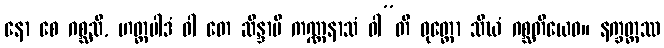
နော စေ ဂစ္ဆသိ, ဟတ္ထပါဒံ ဝါ တေ ဆိန္ဒာမိ ကဏ္ဏနာသံ ဝါ”တိ ဝုတ္တော သီဃံ ဂစ္ဆတိယေဝ။ နက္ခတ္တဿ